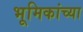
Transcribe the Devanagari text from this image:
भूमिकांच्या